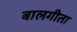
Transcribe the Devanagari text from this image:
बालगीता